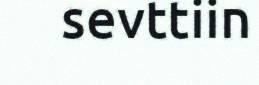
sevttiin